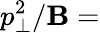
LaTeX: p_{\bot}^{2}/\mathbf{B}=